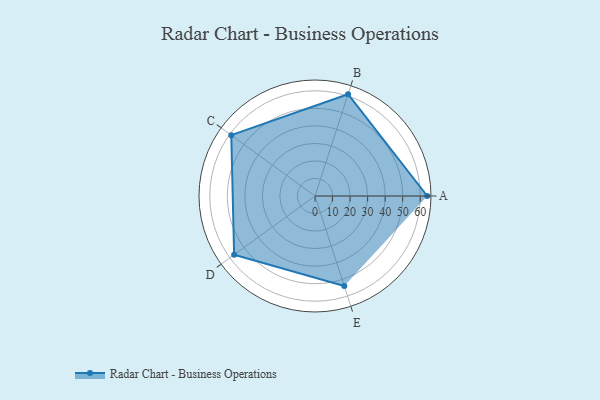
{"axis": {"x": "Skill", "y": "Score"}, "legend": ["Profile"], "data": [{"x": "A", "y": 64.0, "type": "Profile"}, {"x": "B", "y": 61.0, "type": "Profile"}, {"x": "C", "y": 59.0, "type": "Profile"}, {"x": "D", "y": 57.0, "type": "Profile"}, {"x": "E", "y": 54.0, "type": "Profile"}]}